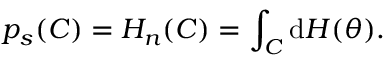
p _ { s } ( C ) = H _ { n } ( C ) = \int _ { C } \mathrm { d } H ( \theta ) .